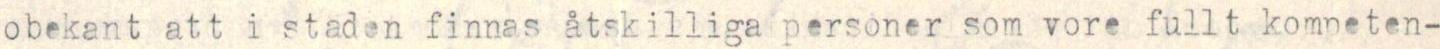
obekant att i staden finnas åtskilliga personer som vore fullt kompeten-